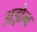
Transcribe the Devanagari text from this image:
अझेन